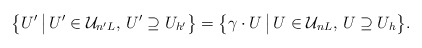
\begin{align*} \big\{ U' \,\big|\, U' \in \mathcal{U}_{n'L}, \, U' \supseteq U_{h'} \big\} = \big\{ \gamma \cdot U \,\big|\, U \in \mathcal{U}_{nL}, \, U \supseteq U_h \big\}. \end{align*}